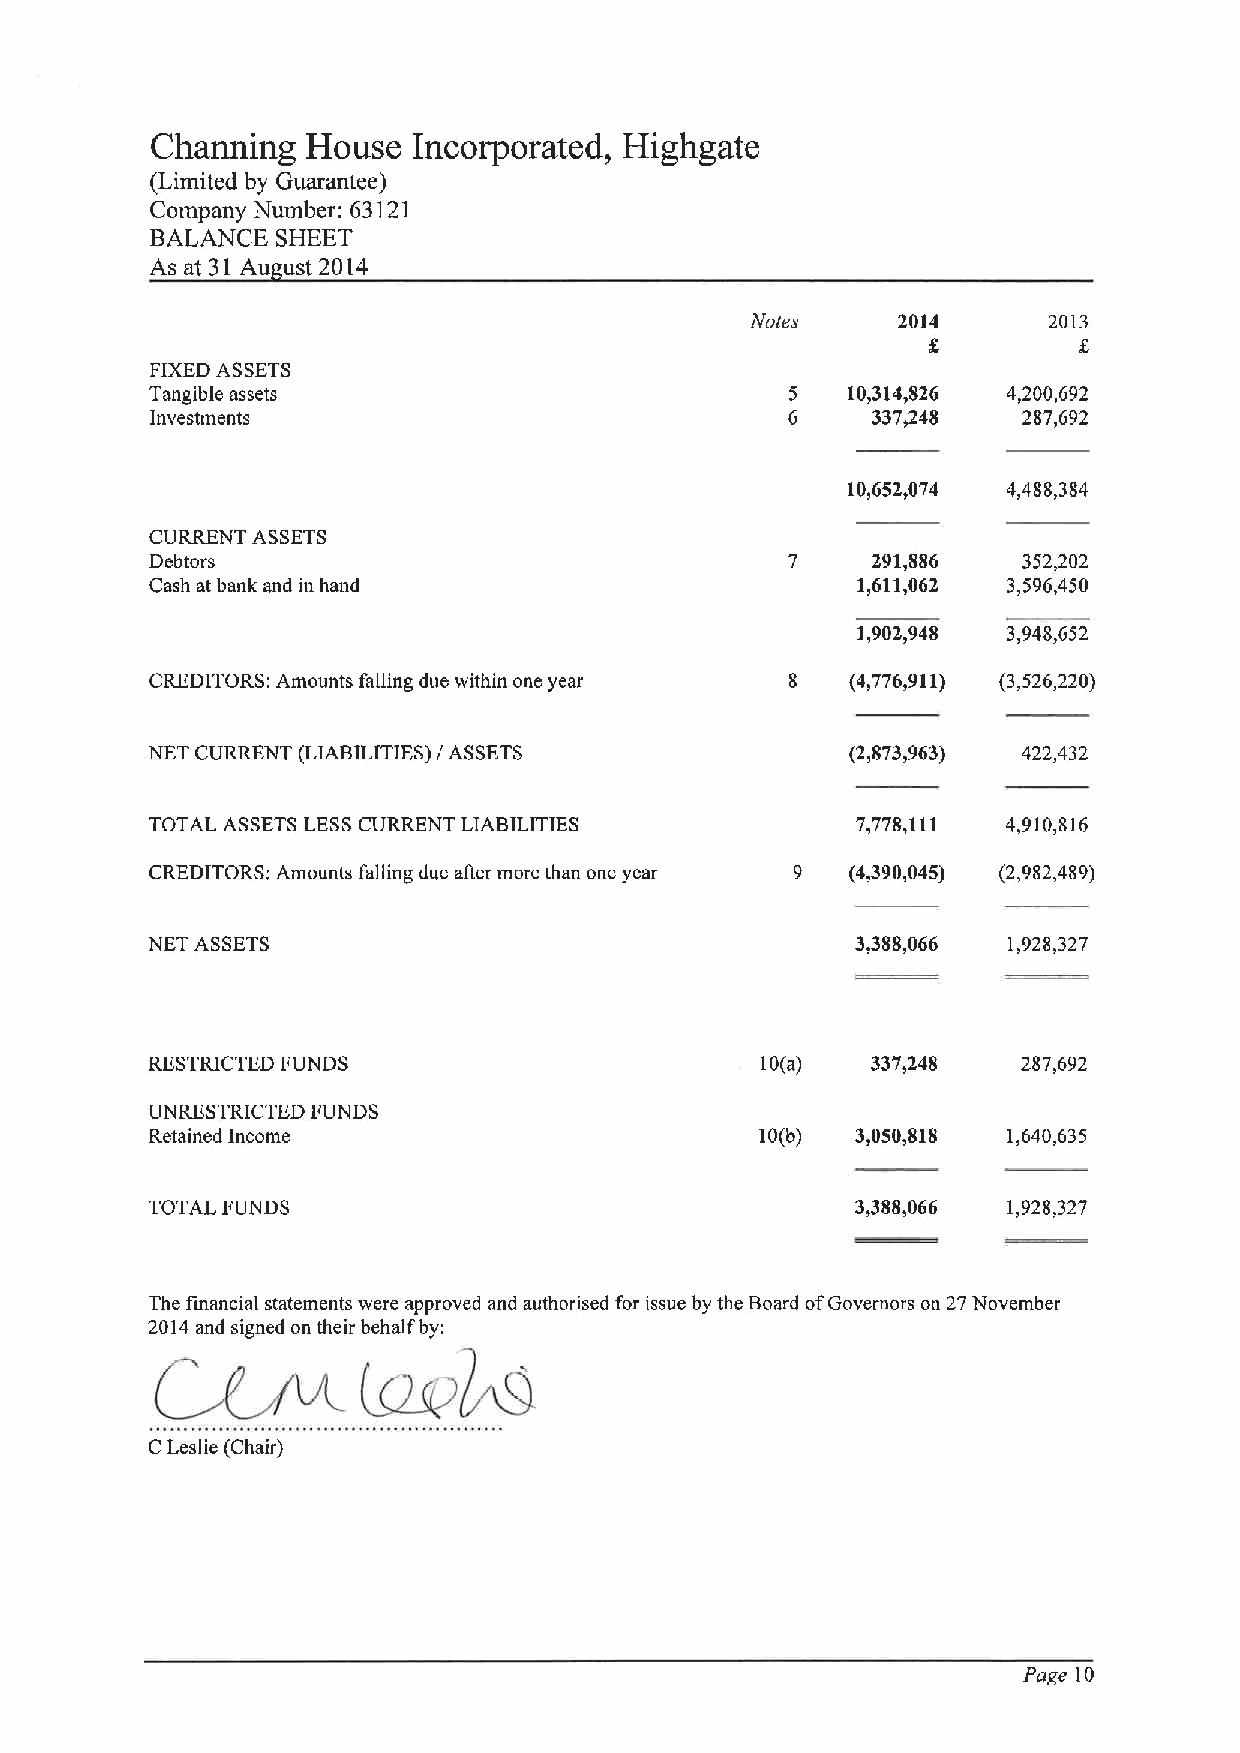
Charming  House  Incorporated, Highgate
 (Limited by Guarantee)
 Company Number: 63121
 BALANCE SHEET
 As at 31 Au ust 2014
 1Vvres   2014      2013
 FIXEDASSETS
 Tangible assets                               10,314,826 4,200,692
 Investments                                     337,248   287,692
 10,652,074 4,488,384
 CURRENT ASSETS
 Debtors                                   7     291,886   352,202
 Cash at bank and in hand                       1,611,062 3,596,450
 1,902,948 3,948,652
 CREDITORS: Amounts falling due within one year 8 (4,776,911) (3,526,220)
 NET CURRENT (LIABILITIES)iASSETS              (2,873,963) 422,432
 TOTAL ASSETS LESSCURRENT LIABILITIES           7,778,111 4,910,816
 CREDITORS, Amounts falling due atter more than one year 9 (4,390,045) (2,982,489)
 NET ASSETS                                     3,388,066 1,928,327
 RESTRICTED FUNDS                        10(a)   337,248   287,692
 UNRESTRICTED FUNDS
 Retained Income                         10(b)  3,050,818 1,640,635
 TOTAL FUNDS                                    3,388,066 1,928,327
 The financial statements were approved and authorised for issue by the Board ofGovernors on 27November
 2014 and signed on their behalf by:
 CLeslie (Chair)
 Page 10